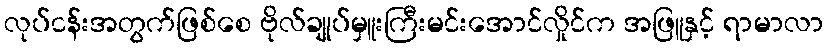
လုပ်ငန်းအတွက်ဖြစ်စေ ဗိုလ်ချုပ်မှူးကြီးမင်းအောင်လှိုင်က အဖြူနှင့် ရာမာလာ